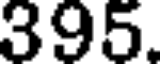
395.